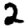
Digit: 2